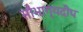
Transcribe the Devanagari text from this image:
सौभाग्यदीप